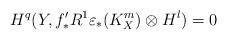
LaTeX: \begin{align*}H^{q}(Y,f^{\prime}_{\ast}R^{1}\varepsilon_{\ast}(K^{m}_{X})\otimes H^{l})=0\end{align*}